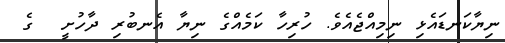
ނިޔާކަނޑައެޅި ނިމިއްޖެއެވެ. ހުރިހާ ކަމެއްގެ ނިޔާ އެނބުރި ދާހުށީ  ގެ